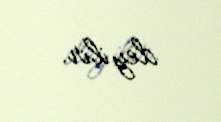
deyilir.